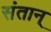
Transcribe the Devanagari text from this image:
संतान्